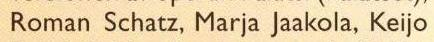
Roman Schatz, Marja Jaakola, Keijo